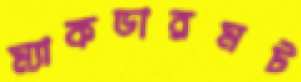
ম্যাকডারমট